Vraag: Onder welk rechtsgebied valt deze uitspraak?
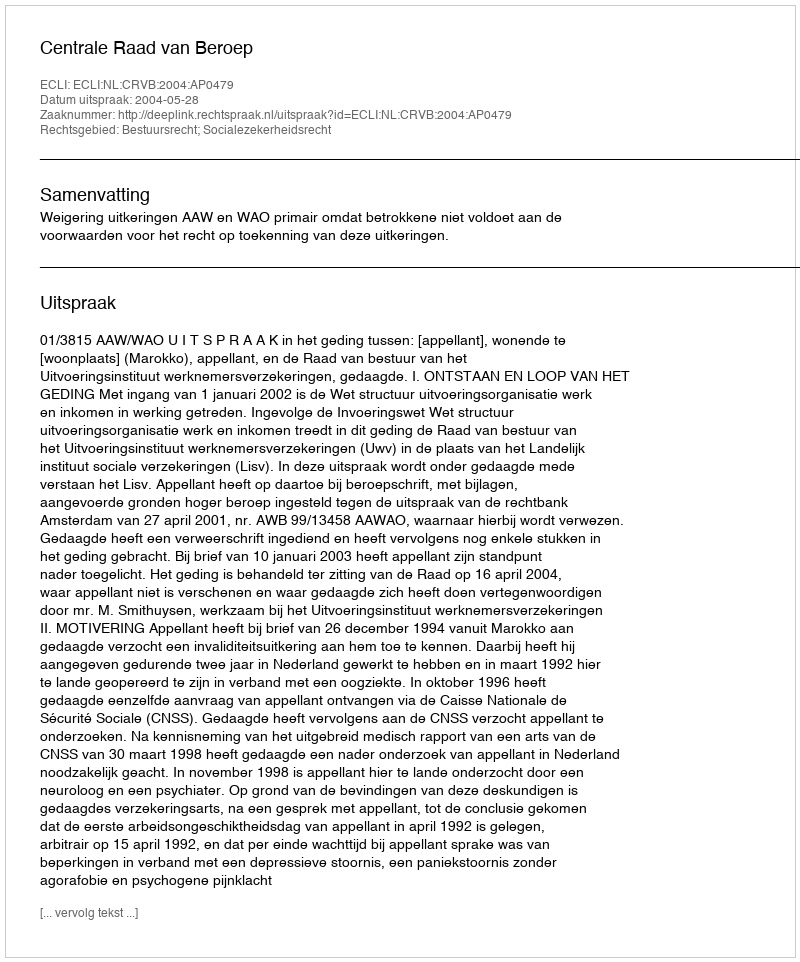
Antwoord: Bestuursrecht; Socialezekerheidsrecht